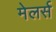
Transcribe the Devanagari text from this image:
मेलर्स